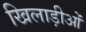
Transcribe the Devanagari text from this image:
खिलाड़ीओं